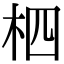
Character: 柶